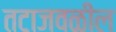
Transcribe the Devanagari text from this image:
तटाजवळील